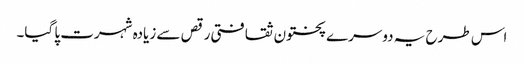
اس طرح یہ دوسرے پختون ثقافتی رقص سے زیادہ شہرت پا گیا۔